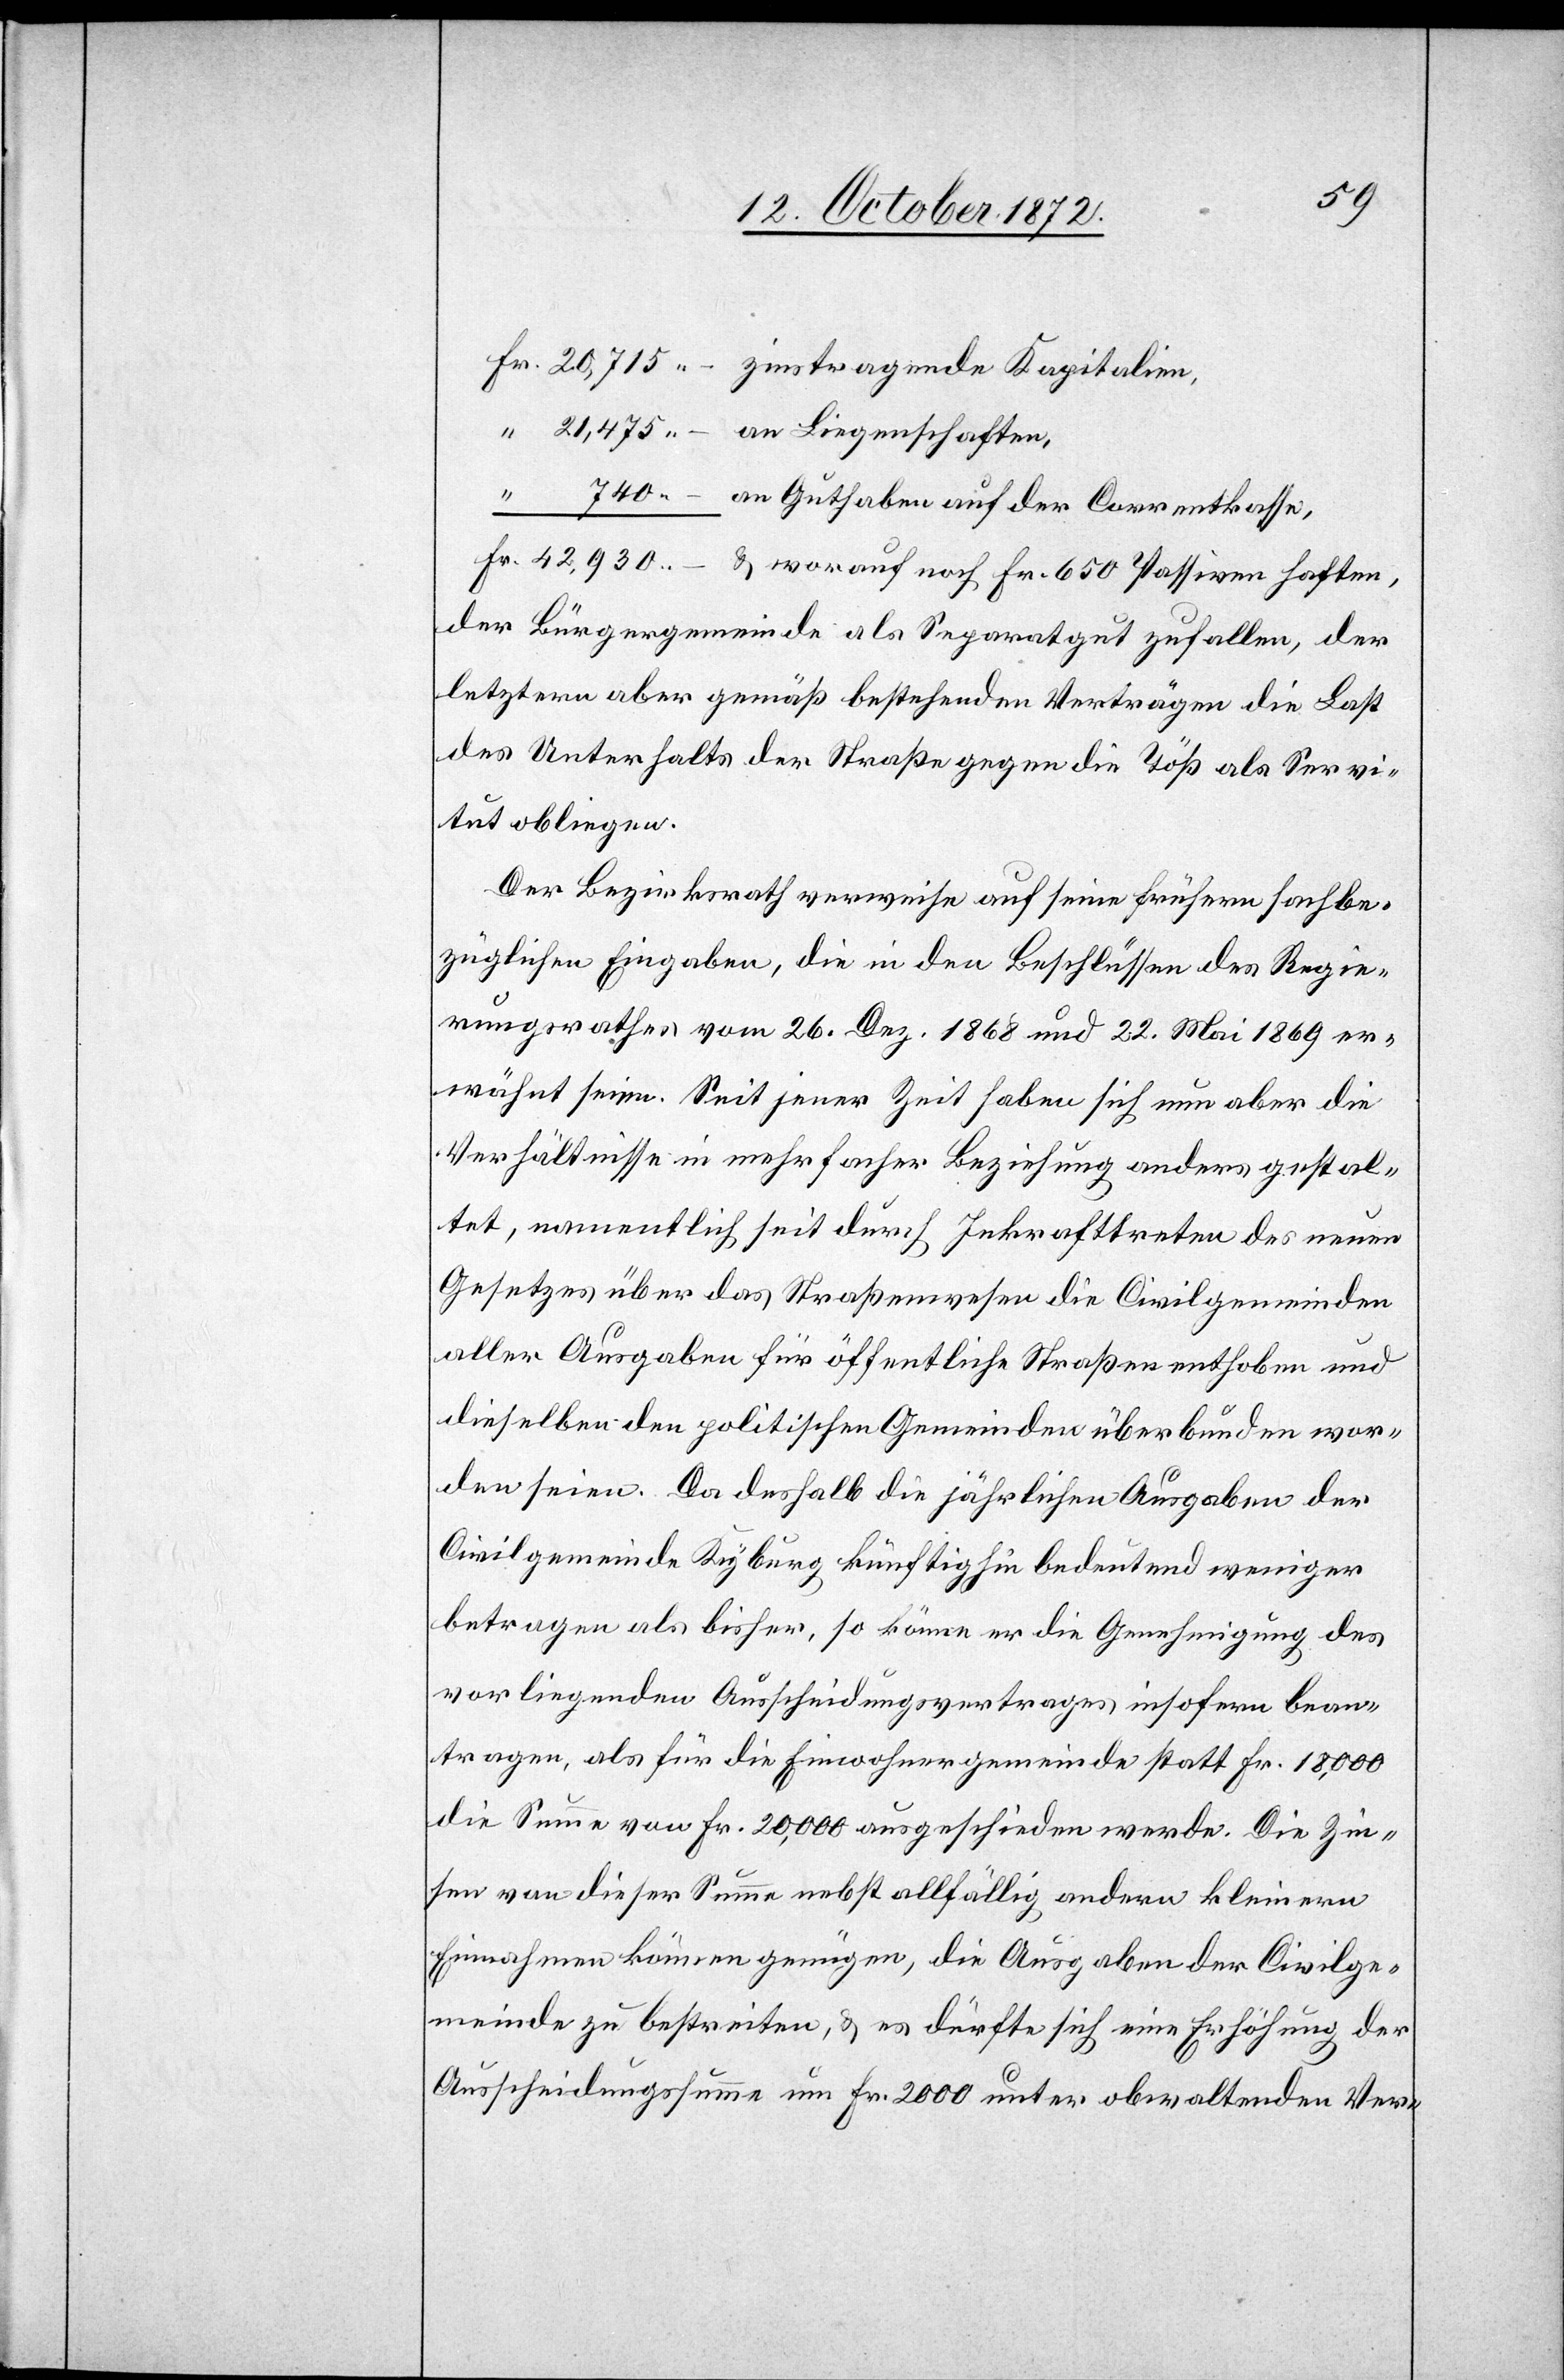
Fr.
der Bürgergemeinde als Separatgut zufallen, der
letztern aber gemäß bestehenden Verträgen die Last
des Unterhalts der Straße gegen die Töß als Servi¬
tut obliegen.
Der Bezirksrath verweise auf seine frühern sachbe¬
züglichen Eingaben, die in den Beschlüssen des Regie¬
rungsrathes vom 26. Dez. 1868 und 22. Mai 1869 er¬
wähnt seien. Seit jener Zeit haben sich nun aber die
Verhältnisse in mehrfacher Beziehung anders gestal¬
tet, namentlich seit durch Inkrafttreten des neuen
Gesetzes über das Straßenwesen die Civilgemeinden
aller Ausgaben für öffentliche Straßen enthoben und
dieselben den politischen Gemeinden überbunden wor¬
den seien. Da deshalb die jährlichen Ausgaben der
Civilgemeinde Kyburg künftighin bedeutend weniger
betragen als bisher, so könne er die Genehmigung des
vorliegenden Ausscheidungsvertrages insofern bean¬
tragen, als für die Einwohnergemeinde statt Fr. 18,000
die Summe vom Fr. 20,000 ausgeschieden werde. Die Zin¬
sen von dieser Summe nebst allfällig andern kleinern
Einnahmen können genügen, die Ausgaben der Civilge¬
meinde zu bestreiten, u. es dürfte sich eine Erhöhung der
Ausscheidungssumme um Fr. 2000 unter obwaltenden Ver-